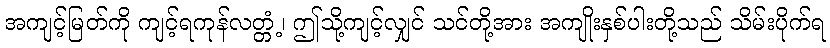
အကျင့်မြတ်ကို ကျင့်ရကုန်လတ္တံ့၊ ဤသို့ကျင့်လျှင် သင်တို့အား အကျိုးနှစ်ပါးတို့သည် သိမ်းပိုက်ရ